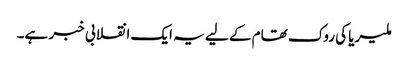
ملیریا کی روک تھام کے لیے یہ ایک انقلابی خبر ہے۔